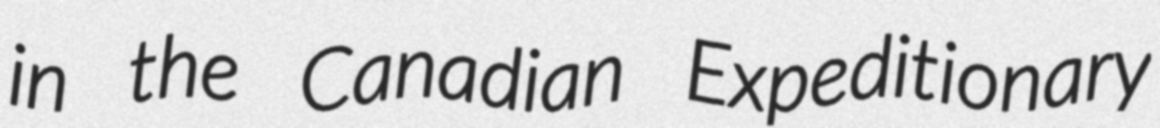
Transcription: in the Canadian Expeditionary